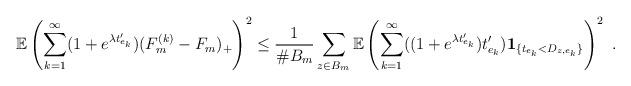
LaTeX: \begin{align*}\mathbb{E}\left( \sum_{k=1}^\infty (1+e^{\lambda t_{e_k}'}) (F_m^{(k)} - F_m)_+ \right)^2 \leq \frac{1}{\# B_m} \sum_{z \in B_m} \mathbb{E} \left( \sum_{k=1}^\infty ((1+e^{\lambda t_{e_k}'}) t_{e_k}')\mathbf{1}_{\{t_{e_k} < D_{z,e_k}\}} \right)^2\ .\end{align*}